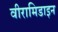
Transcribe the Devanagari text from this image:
वीरामिडाइन